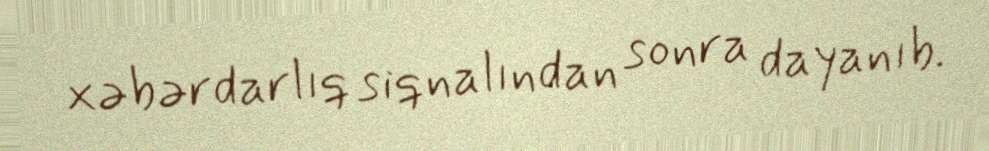
xəbərdarlıq siqnalından sonra dayanıb.